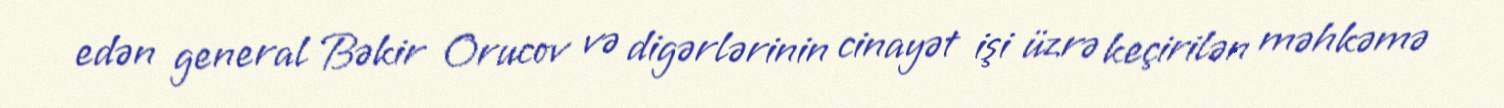
edən general Bəkir Orucov və digərlərinin cinayət işi üzrə keçirilən məhkəmə